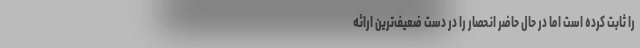
را ثابت کرده است اما در حال حاضر انحصار را در دست ضعیف‌ترین ارائه